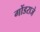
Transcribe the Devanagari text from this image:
गोंडराजे